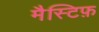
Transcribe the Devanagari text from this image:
मैस्टिफ़